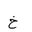
Letter: _kha